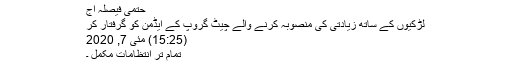
حتمی فیصلہ آج
لڑکیوں کے ساتھ زیادتی کی منصوبہ کرنے والے چیٹ گروپ کے ایڈمن کو گرفتار کر
(15:25) مئی 7, 2020
تمام تر انتظامات مکمل ۔